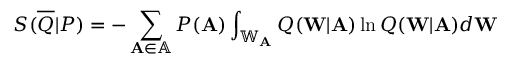
S ( \overline { { Q } } | P ) = - \sum _ { \mathbf { A } \in \mathbb { A } } P ( \mathbf { A } ) \int _ { \mathbb { W } _ { \mathbf { A } } } Q ( \mathbf { W } | \mathbf { A } ) \ln Q ( \mathbf { W } | \mathbf { A } ) d \mathbf { W }